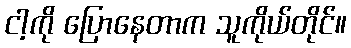
ငါ့ကို ပြောနေတာက သူကိုယ်တိုင်။